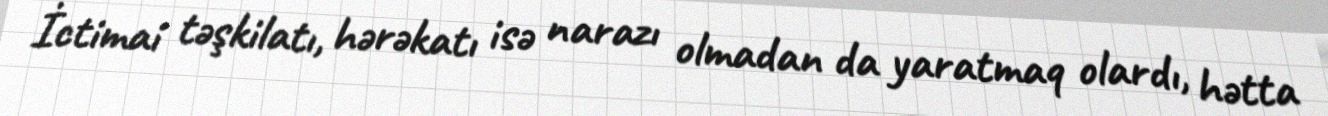
İctimai təşkilatı, hərəkatı isə narazı olmadan da yaratmaq olardı, hətta